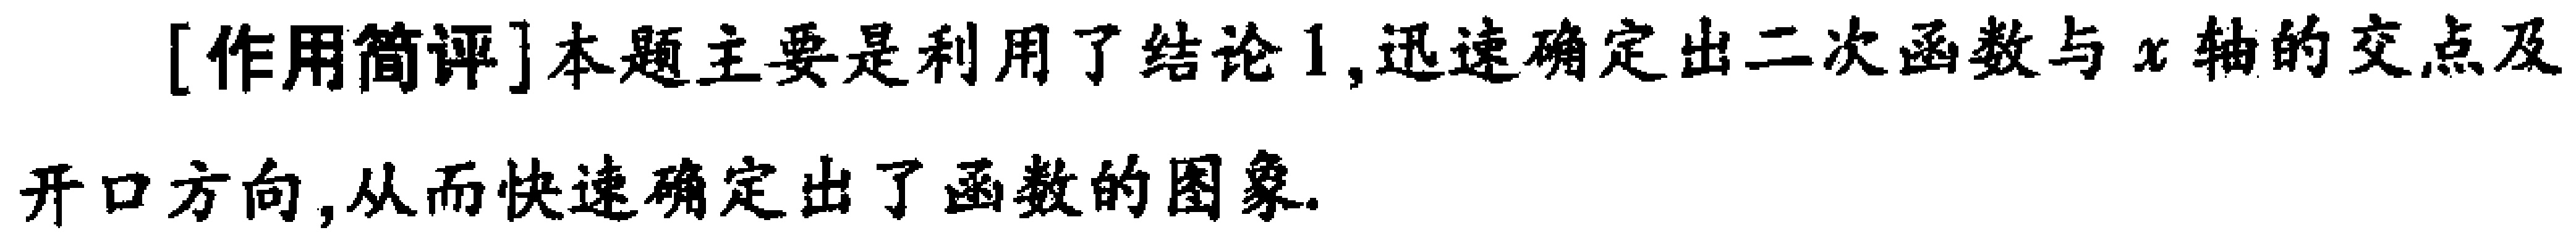
[作用简评]本题主要是利用了结论1,迅速确定出二次函数与\(x\)轴的交点及开口方向,从而快速确定出了函数的图象.